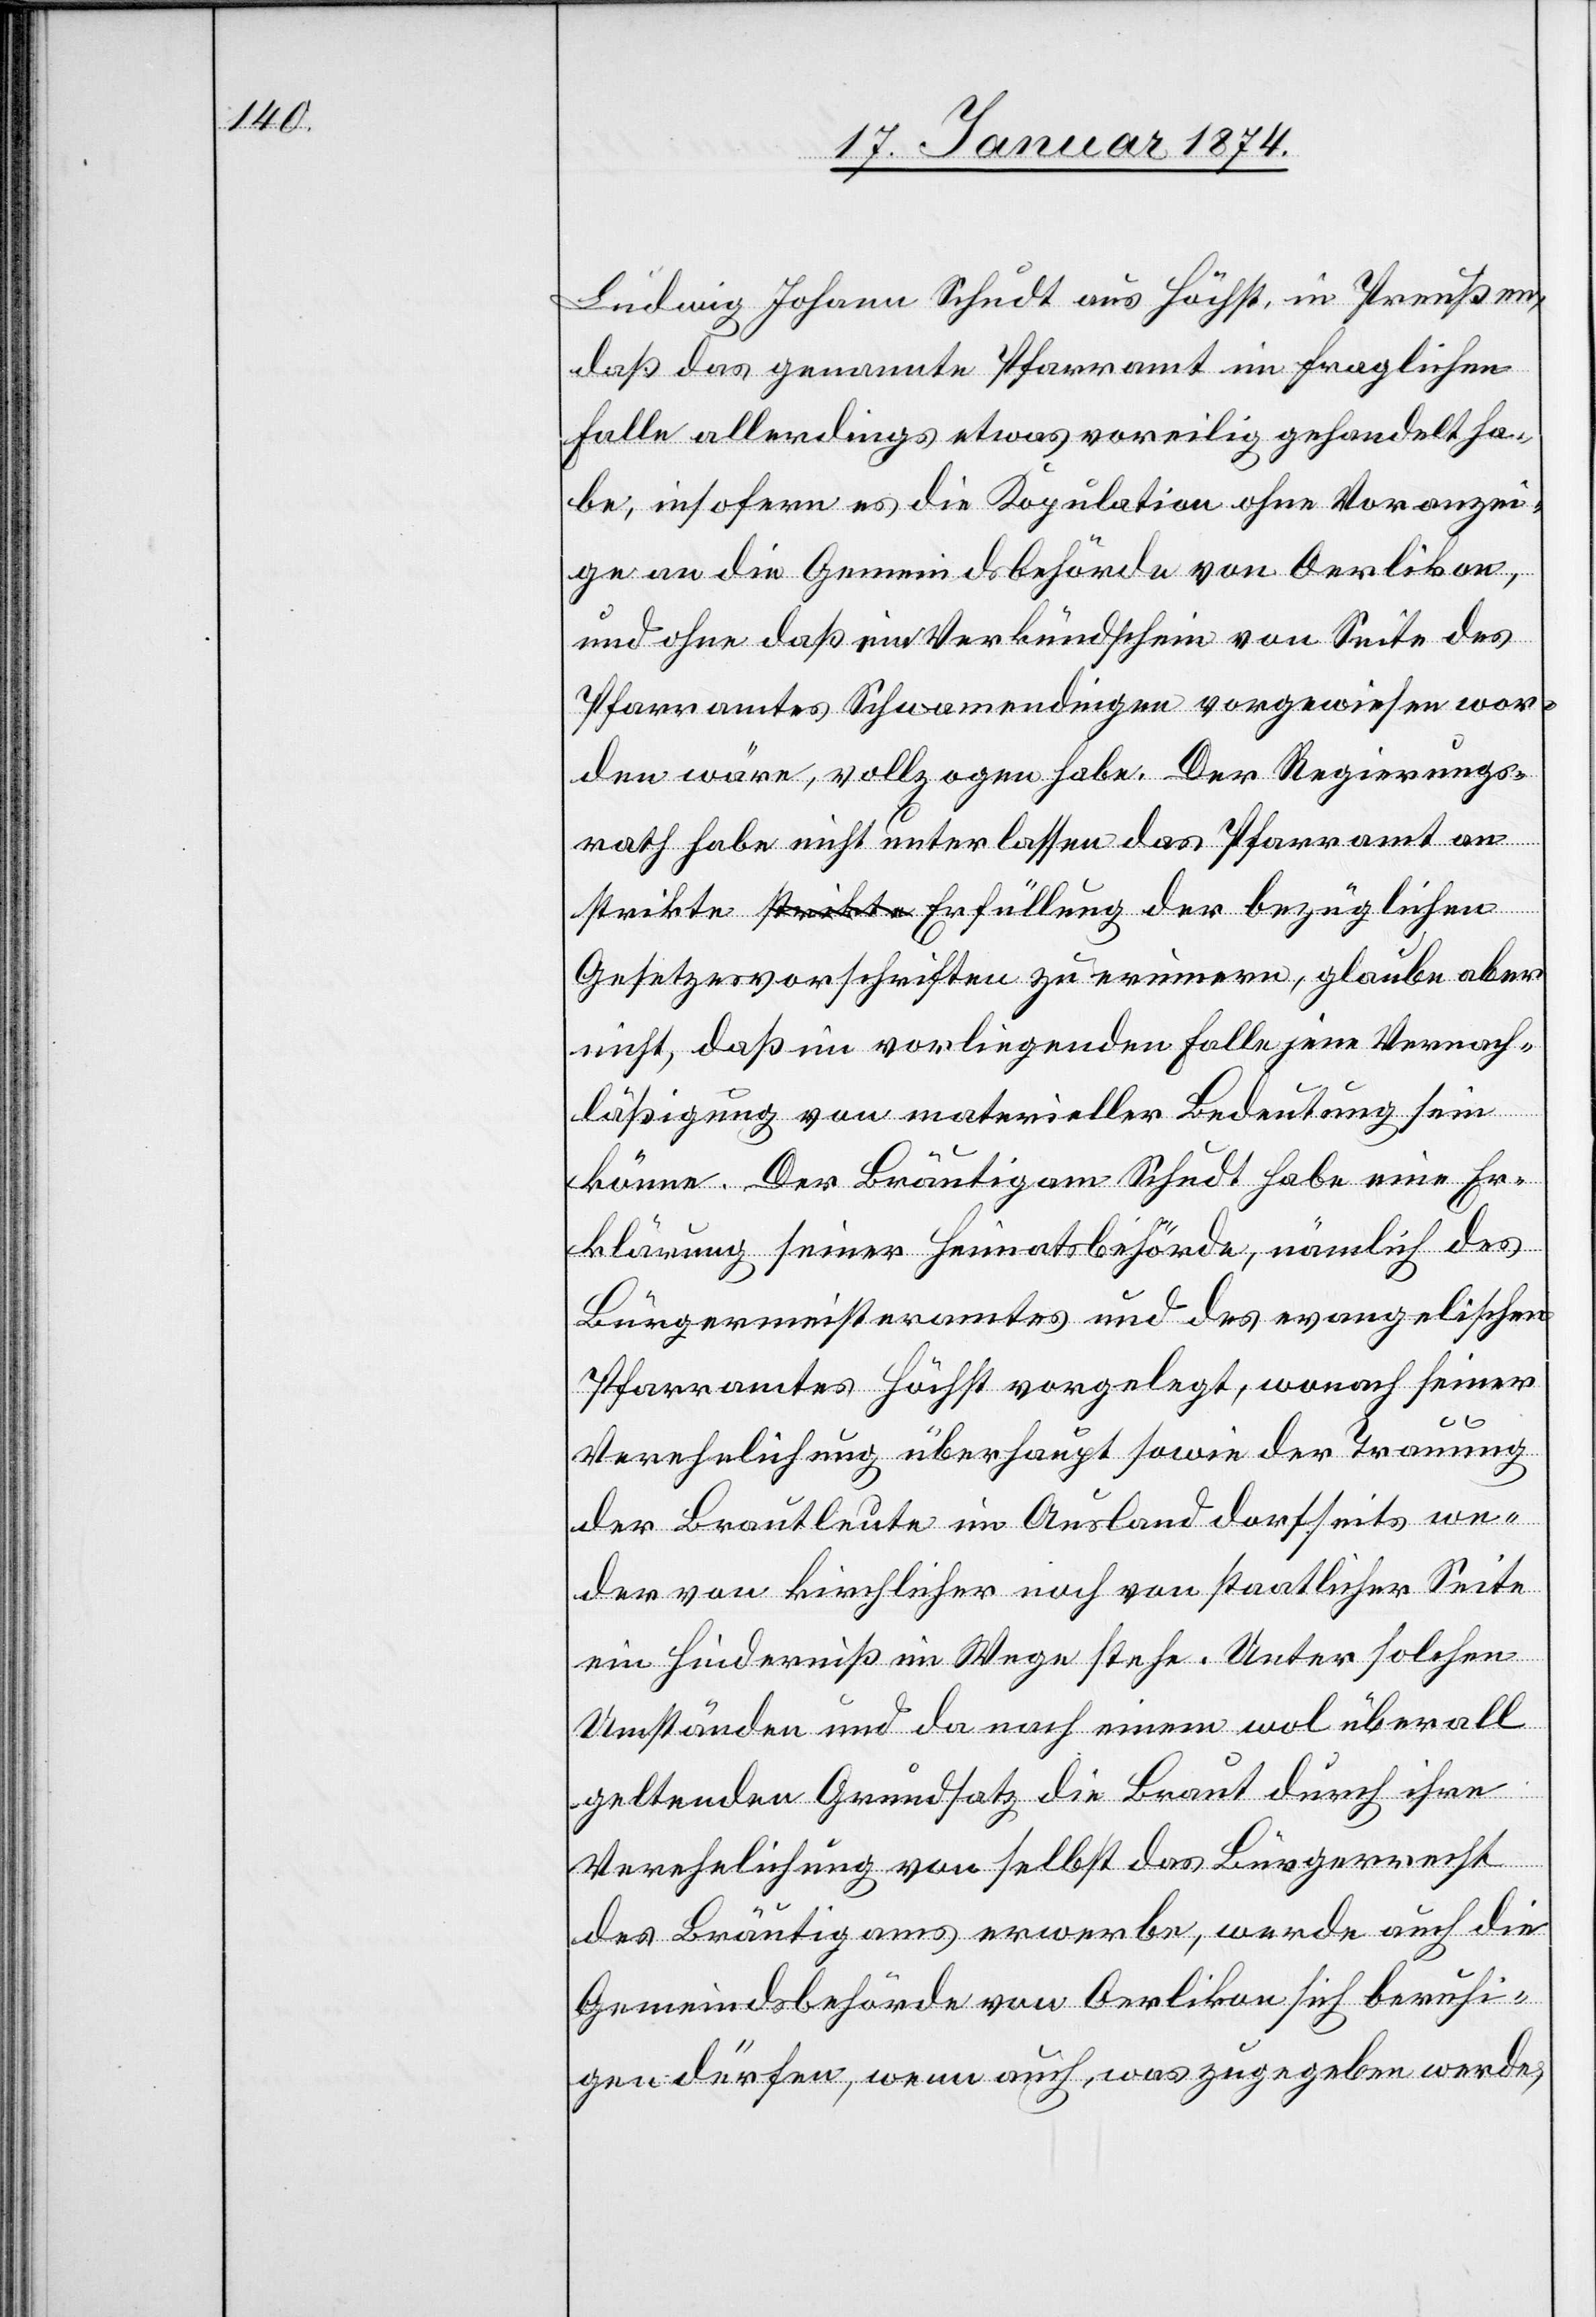
Ludwig Johann Schudt aus Höchst, in Preußen,
daß das genannte Pfarramt im fraglichen
Falle allerdings etwas voreilig gehandelt ha¬
be, insofern es die Kopulation ohne Voranzei¬
ge an die Gemeindsbehörde von Oerlikon,
und ohne daß ein Verkündschein von Seite des
Pfarramtes Schwamendingen vorgewiesen wor¬
den wäre, vollzogen habe. Der Regierungs¬
rath habe nicht unterlassen das Pfarramt um
strickte Erfüllung der bezüglichen
Gesetzesvorschriften zu erinnern, glaube aber
nicht, daß im vorliegenden Falle jene Vernach¬
läßigung von materieller Bedeutung sein
könne. Der Bräutigam Schudt habe eine Er¬
klärung seiner Heimatsbehörde, nämlich des
Bürgermeisteramtes und des evangelischen
Pfarramtes Höchst vorgelegt, wonach seiner
Verehelichung überhaupt sowie der Trauung
der Brautleute im Ausland dortseits we¬
der von kirchlicher noch von staatlicher Seite
ein Hinderniß im Wege stehe. Unter solchen
Umständen und da nach einem wol überall
geltenden Grundsatz die Braut durch ihre
Verehelichung von selbst das Bürgerrecht
des Bräutigams erwerbe, werde auch die
Gemeindsbehörde von Oerlikon sich beruhi¬
gen dürfen, wenn auch was zugegeben werde,